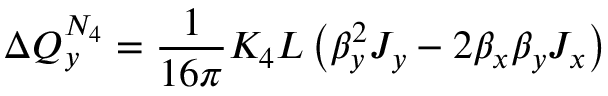
\Delta Q _ { y } ^ { N _ { 4 } } = \frac { 1 } { 1 6 \pi } K _ { 4 } L \left( \beta _ { y } ^ { 2 } J _ { y } - 2 \beta _ { x } \beta _ { y } J _ { x } \right)